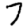
Digit: 7